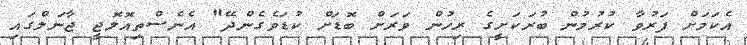
އެކަމަށް ފަރުވާ ކުރުމުން ބުރަކަށީގެ ރިހުން ވަރަށް ބޮޑަށް ކުޑަވެގެންދޭ" އެނެސްތިއޮލޮޖީ ޖާނަލްގައި